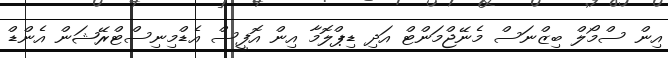
އިން ސްމޯލް ބިޒްނަސް މެނޭޖްމަންޓް އަދި ޑިޕްލޮމާ އިން އޮފީސް އެޑްމިނިސްޓްރޭޝަން އެންޑް